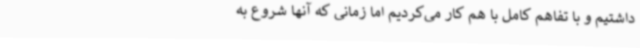
داشتیم و با تفاهم کامل با هم کار می‌کردیم اما زمانی که آنها شروع به